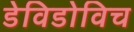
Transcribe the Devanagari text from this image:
डेविडोविच